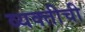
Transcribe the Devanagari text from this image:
व्‍यक्‍तीची